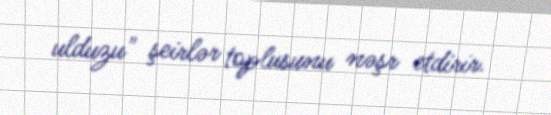
ulduzu" şeirlər toplusunu nəşr etdirir.